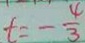
t = - \frac { 4 } { 3 }